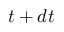
t + d t